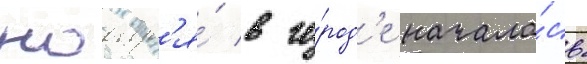
ноабр'я́ в го́род'е начала́сь